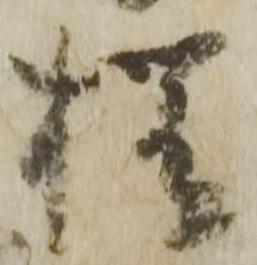
様